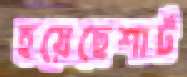
হয়েছেশার্ট